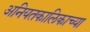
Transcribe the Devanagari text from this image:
अनियतकालिकाच्या